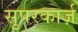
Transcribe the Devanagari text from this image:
सुपरकार्ज़